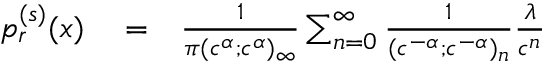
\begin{array} { r l r } { p _ { r } ^ { ( s ) } ( x ) } & { { } = } & { \frac { 1 } { \pi ( c ^ { \alpha } ; c ^ { \alpha } ) _ { \infty } } \sum _ { n = 0 } ^ { \infty } \frac { 1 } { ( c ^ { - \alpha } ; c ^ { - \alpha } ) _ { n } } \frac { \lambda } { c ^ { n } } } \end{array}